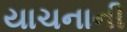
યાચનાની